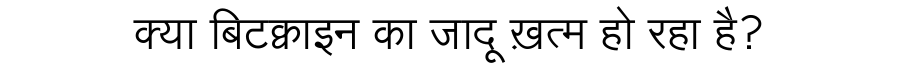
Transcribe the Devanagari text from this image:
क्या बिटक्वाइन का जादू ख़त्म हो रहा है?